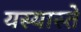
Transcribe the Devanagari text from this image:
यस्यास्ते